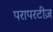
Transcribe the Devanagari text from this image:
परापरटीज़